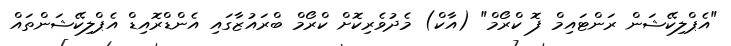
"އެޕްލިކޭޝަން ރަންޓައިމް ފޮ ކްރޯމް" (އާކް) މެދުވެރިކޮށް ކްރޯމް ބްރައުޒާގައި އެންޑްރޮއިޑް އެޕްލިކޭޝަންތައް